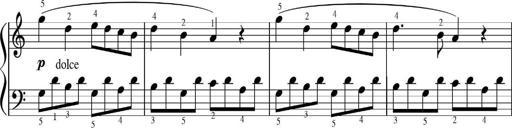
Title: Sonatinas
Composer: Andrew Violette